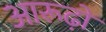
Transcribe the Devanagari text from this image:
आरूढ़ों